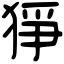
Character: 猙